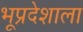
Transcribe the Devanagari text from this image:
भूप्रदेशाला